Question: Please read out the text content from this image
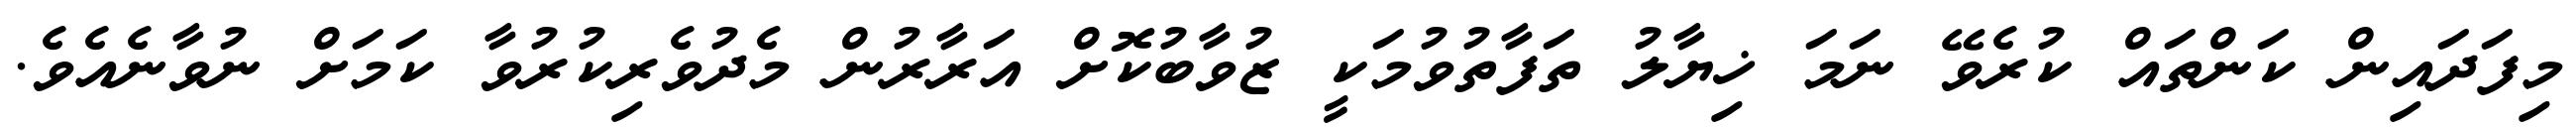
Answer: މިފަދައިން ކަންތައް ކުރެވޭ ނަމަ ޚިޔާލު ތަފާތުވުމަކީ ޒުވާބުކޮށް އަރާރުން މެދުވެރިކުރުވާ ކަމަށް ނުވާނެއެވެ.